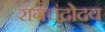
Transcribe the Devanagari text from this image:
रागचंद्रोदय